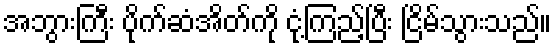
အဘွားကြီး ပိုက်ဆံအိတ်ကို ငုံ့ကြည့်ပြီး ငြိမ်သွားသည်။